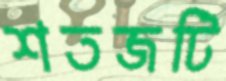
শতজটি